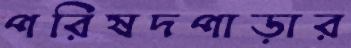
পরিষদপাড়ার